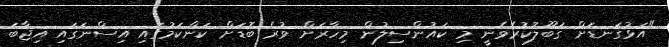
"އަޅުގަނޑަށް ގަބޫލުކުރެވެނީ މި ކައުންސިލުން މިހާރަށް ވުރެ ބޮޑަށް ކަންކަމުގައި އިސްނަގައި އިޖާބަ